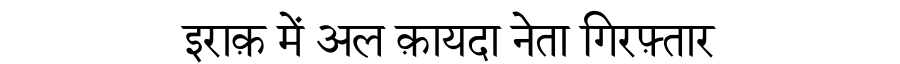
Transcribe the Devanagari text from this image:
इराक़ में अल क़ायदा नेता गिरफ़्तार